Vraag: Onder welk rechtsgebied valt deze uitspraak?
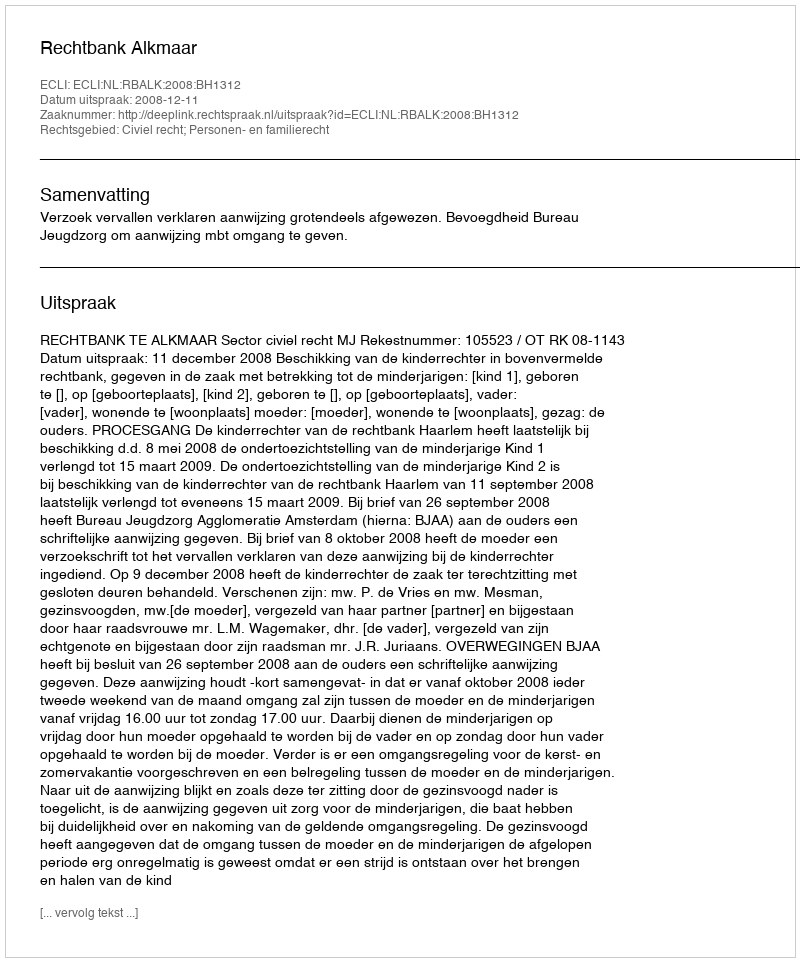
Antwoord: Civiel recht; Personen- en familierecht